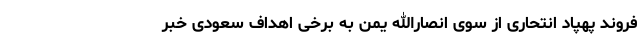
فروند پهپاد انتحاری از سوی انصارالله یمن به برخی اهداف سعودی خبر